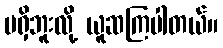
မရှိဘူးလို့ ယူဆကြပါတယ်။